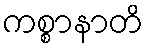
ကစ္စာနာတိ